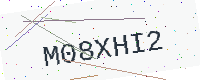
Text: M08XHI2